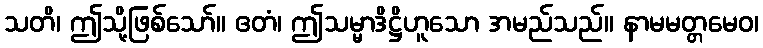
သတိ၊ ဤသို့ဖြစ်သော်။ ဧတံ၊ ဤသမ္မာဒိဋ္ဌိဟူသော အမည်သည်။ နာမမတ္တမေဝ၊